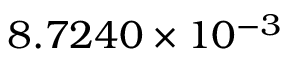
8 . 7 2 4 0 \times 1 0 ^ { - 3 }